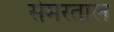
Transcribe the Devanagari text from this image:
सेमरताल